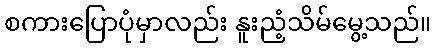
စကားပြောပုံမှာလည်း နူးညံ့သိမ်မွေ့သည်။